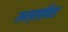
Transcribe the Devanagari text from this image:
सस्सानिड